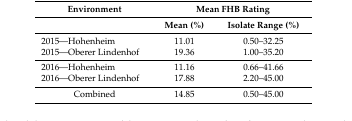
<table><thead><tr><td><b>Environment</b></td><td colspan="2"><b>Mean FHB Rating</b></td></tr><tr><td></td><td><b>Mean (%)</b></td><td><b>Isolate Range (%)</b></td></tr></thead><tbody><tr><td>2015—Hohenheim</td><td>11.01</td><td>0.50–32.25</td></tr><tr><td>2015—Oberer Lindenhof</td><td>19.36</td><td>1.00–35.20</td></tr><tr><td>2016—Hohenheim</td><td>11.16</td><td>0.66–41.66</td></tr><tr><td>2016—Oberer Lindenhof</td><td>17.88</td><td>2.20–45.00</td></tr><tr><td>Combined</td><td>14.85</td><td>0.50–45.00</td></tr></tbody></table>